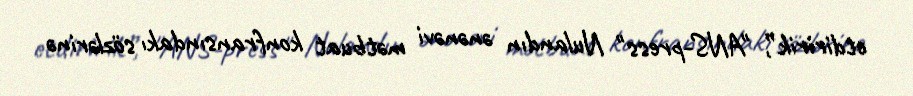
etdiririk”, "ANS-press" Nulandın ənənəvi mətbuat konfransındakı sözlərinə